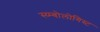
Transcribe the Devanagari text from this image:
स्य्म्बोलोगिस्ट